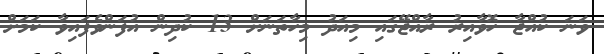
ވަނަ ކުއްޖާ ހޮވާއިރު ރާއްޖޭގައި މިއަދު މިހާތަނަށް 13 ކުދިން އުފަންވެފައިވާ ކަމަށް